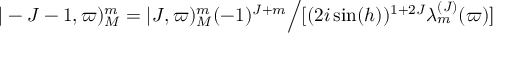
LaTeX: \vert - J - 1 , \varpi ) _ { M } ^ { m } = \vert J , \varpi ) _ { M } ^ { m } ( - 1 ) ^ { J + m } \Bigl / [ ( 2 i \sin ( h ) ) ^ { 1 + 2 J } \lambda _ { m } ^ { ( J ) } ( \varpi ) ]